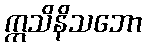
ဣသိနိသဘော